Annual report on the working of the lock hospitals in the North-Western Provinces and Oudh
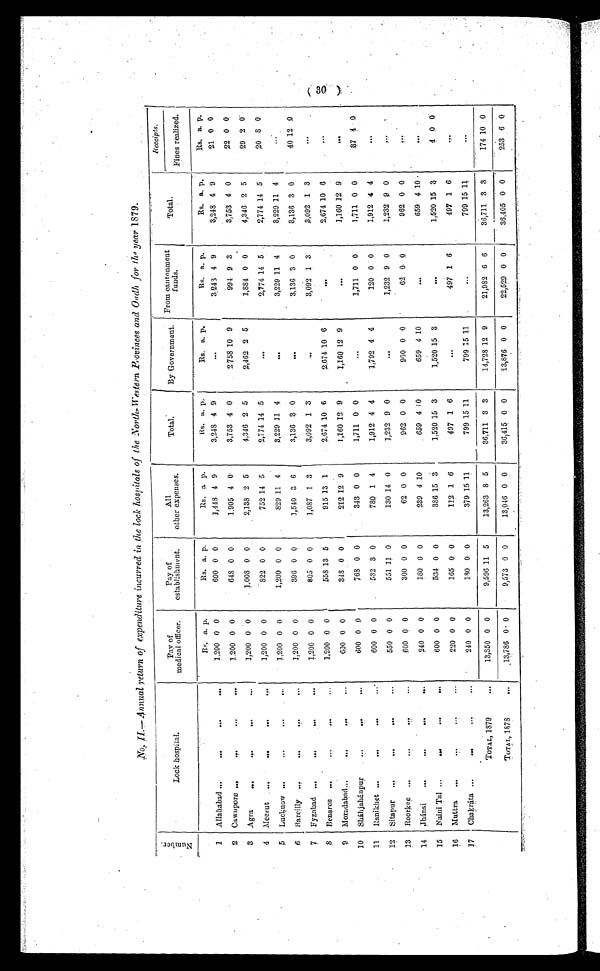
No.II—Annual return of expenditure incurred in the lock hospitals of the North-Western Provinces and Oudh for the year 1879.
N u m b e r .
Lock hospital.
Pay of
medical officer
Pay of
establishment.
All
other expenses.
Total.
By Government. From cantonment
funds.
Total.
Receipts.
Fines realized.
Rs. a. p.
Rs. a. p.
Rs. a P.
Rs. a. p.
Rs. a. p.
Rs. a. p.
Rs. a. p.
Rs. a. p.
1 Allahabad ..
...
...
...
1,200 0 0
600 0 0
1,448 4 9
3,248 4 9
. . .
3,243 4 9
3,248 4 9
21 0 0
2 Cawnpore ... ...
...
1,200 0 0
648 0 0
1,905 4 0
3,753 4 0
2,758 10 9
994 9 3
3,753 4. 0
22 0 0
3 Agra
...
...
...
...
1,200 0 0
1,008 0 0
2,138 2 5
4,346 2 5
2,462 2 5
1,884 0 0
4,346 2 5
29 2 0
4 Meerut ... ... ... ...
1,200 0 0
822 0 0
752 14 5
2,774 14 5
. . .
2,774 1 4 5
2,774 1 4 5
20 8 0
5 Lucknow ...
..,
...
1,200 0 0
1,200 0 0
829 11 4
3,229 11 4
. . .
3,229 1 1 4
3,229 1 1 4
...
6 Barcilly ...
...
...
1,200 0 0
396 0 0
1,540 3 6
3,136 3 0
. . .
3,136 3 0
3,136 3 0
40 12 0
7 Fyabad ...
..,
...
7,200 0 0
805 0 0
1,087 1 3
3,092 1 3 ...
3,092 1 3
3,092 1 3
...
8 Benares ...
..
...
1,200 0 0
558 13 5
915 13 1
2,674 1 0 6
2,674 1 0 6
. . . 2,674 1 0 6
. . .
9 Moradabad...
... . , .
600 0 0
348 0 0
212 12 9
1,160 1 2 9
1,160 12 9
. . . 1,160 12 9
...
10 Sháhjahánpur ..
.. .
600 0 0
768 0 0
343 0 0
1,711 0 0
. . .
1,711 0 0
1,711 0 0
37 4 0
11 Ranikhet ...
...
.0
...
600 0 0
532 3 0
780 1 4
1,912 4 4
1,792 4 4
120 0 0
1,912 4 4 ...
12 Sitapur ..,,,
...
... ...
550 0 0
551 11 0
130 14 0
1,232 9 0
. . .
1,232 9 0
1,232 9 0 ...
13 Roorkee ......
...
6 0 0 0 0
300 0 0
62 0 0
962 0 0
900 0 0
62 0 0
962 0 0
. . .
14 Jhánsi ... ... ... ...
240 0 0
180 0 0
239 4 10
659 4 10
659 4 10
. . . 659 4 10
. . .
15 Naini Tal ...
...
...
...
600 0 0
534 0 0
386 15 3
1,520 15 3
1,520 15 3
. . . 1,520 15 3
4 0 0
16 Muttra ......
220 0 0
165 0 0
112 1 6
497 1 6
. . .
497 1 6
497 1 6
. . .
1 7 Chakráta ... ...
240 0 0
180 0 0
379 15 11
799 15 11
799 15 11
...
799 15 11
. . .
TOTAL, 1879
13,850 0 0
9,596 11 5
13,263 8 5
36,711 3 3
14,728 12 9
21,982 6 6
36,711 3 3
174 10 0
TOTAL, 1878 . . .
13,786 0 0
9,573 0 0
13,046 0 0
36.415 0 0
13,876 0 0
22,529 0 0
36,405 0 0
253 6 0